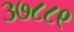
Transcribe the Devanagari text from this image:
३७८८९